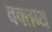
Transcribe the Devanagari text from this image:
वक्‍तब्‍य